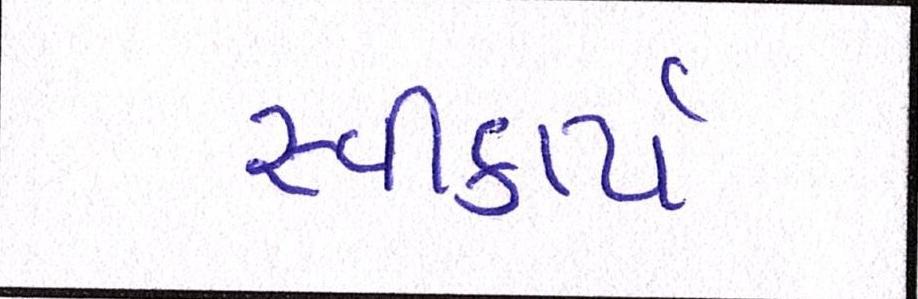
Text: સ્વીકાર્ય